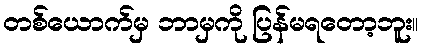
တစ်ယောက်မှ ဘာမှကို ပြန်မရတော့ဘူး။